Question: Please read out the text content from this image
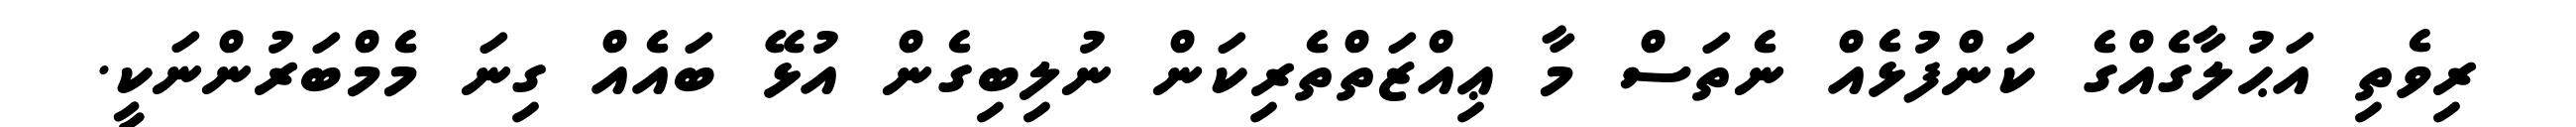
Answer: ރިވެތި އަޙުލާގެއްގެ ކަންފުޅެއް ނެތަސް މާ ޢިއްޒަތްތެރިކަން ނުލިބިގެން އުޅޭ ބައެއް ގިނަ މެމްބަރުންނަކީ.